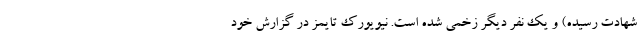
شهادت رسیده) و یک نفر دیگر زخمی شده است. نیویورک تایمز در گزارش خود